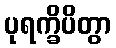
ပုရက္ခိပိတွာ